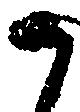
か